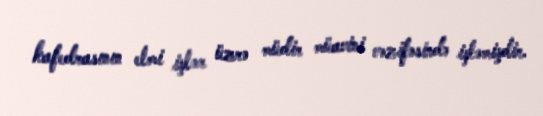
kafedrasının elmi işlər üzrə müdir müavini vəzifəsində işləmişdir.